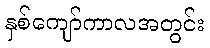
နှစ်ကျော်ကာလအတွင်း